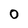
Character: 0